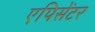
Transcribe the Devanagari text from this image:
एपिसेंटर